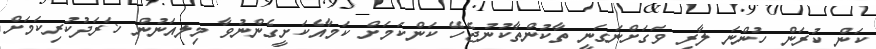
ކަން ކުރަން ހުންނަ ލާރި ވަގަށްނަގަނީ ތާކުންތާކުނުޖެހޭ ކަންކަމަށް ކަމާއެކަށީގެންނުވާ މިލއަނުން ޚަރަދުކުރިކަމަށް